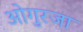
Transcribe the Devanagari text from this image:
ओगुरजा